Sketch of the medical history of the native army of Bombay, for the year
Year: 1872
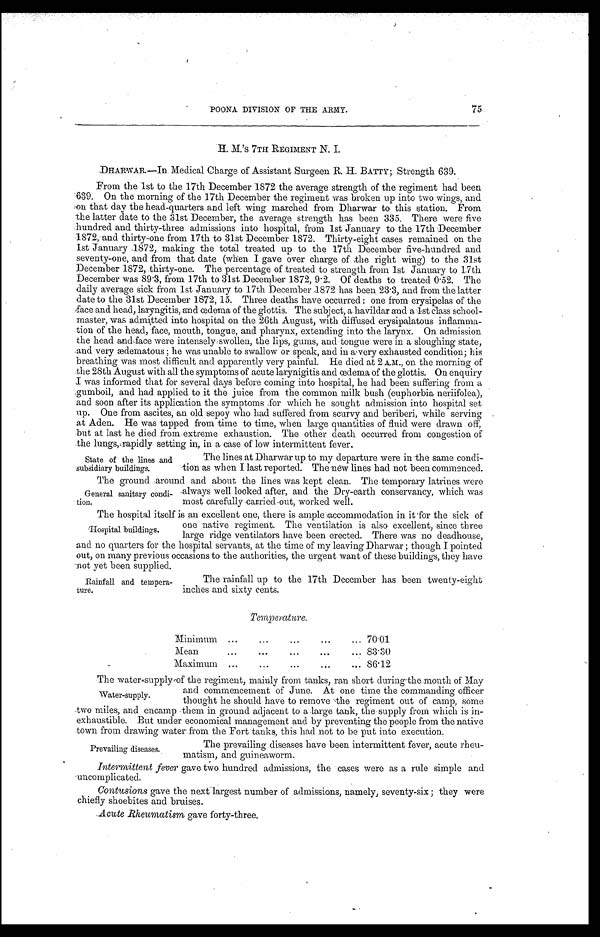
75
POONA DIVISION OF THE ARMY.
H. M.'s 7TH REGIMENT N. I.
DHARWAR.—In Medical Charge of Assistant Surgeen R. H. BATTY; Strength 639.
From the 1st to the 17th December 1872 the average strength of the regiment had been
639. On the morning of the 17th December the regiment was broken up into two wings, and
on that day the head-quarters and left wing marched from Dharwar to this station. From
the latter date to the 31st December, the average strength has been 335. There were five
hundred and thirty-three admissions into hospital, from 1st January to the 17th December
1872, and thirty-one from 17th to 31st December 1872. Thirty-eight cases remained on the
1st January 1872, making the total treated up to the 17th December five-hundred and
seventy-one, and from that date (when I gave over charge of the right wing) to the 31st
December 1872, thirty-one. The percentage of treated to strength from 1st January to 17th
December was 89.3, from 17th to 31st December 1872, 9.2. Of deaths to treated 0.52. The
daily average sick from 1st January to 17th December 1872 has been 23.3, and from the latter
date to the 31st December 1872, 15. Three deaths have occurred: one from erysipelas of the
face and head, laryngitis, and œdema of the glottis. The subject, a havildar and a lst class school
-master, was admitted into hospital on the 26th August, with diffused erysipalatous inflamma
- t i o n o f t h e h e a d , f a c e , m o u t h , t o n g u e , a n d p h a r y n x , e x t e n d i n g i n t o t h e l a r y n x . O n a d m i s s i o n
the head and face were intensely: swollen, the lips, gums, and tongue were in a sloughing state,
a n d v e r y æd e ma t o u s ; h e wa s u n a b l e t o s wa l l o w o r s p e a k , a n d i n a v e r y e x h a u s t e d c o n d i t i o n ; h i s
breathing was most difficult and apparently very painful. He died at 2 A.M., on the morning of
the 28th August with all the symptoms of acute larynigitis and œdema of the glottis. On enquiry
I was informed that for several days before coming into hospital, he had been suffering from a
gumboil, and had applied to it the juice from the common milk bush (euphorbia neriifolea),
and soon after its application the symptoms for which he sought admission into hospital set
up. One from ascites, an old sepoy who had suffered from scurvy and beriberi, while serving
at Aden. He was tapped from time to time, when large quantities of fluid were drawn off,
but at last he died from extreme exhaustion. The other death occurred from congestion of
the lungs, rapidly setting in in a case of low intermittent fever.
State of the lines and
subsidiary buildings.
The lines at Dharwar up to my departure were in the same condi
-tion as when I last reported. The new lines had not been commenced.
The ground around and about the lines was kept clean. The temporary latrines were
always well looked after, and the Dry-earth conservancy, which was
most carefully carried out, worked well.
The hospital itself is an excellent one, there is ample accommodation in it for the sick of
one native regiment. The ventilation is also excellent, since three
large ridge ventilators have been erected. There was no deadhouse,
and no quarters for the hospital servants, at the time of my leaving Dharwar; though I pointed
out, on many previous occasions to the authorities, the urgent want of these buildings, they have
not yet been supplied.
General sanitary condi
-tion.
Hospital buildings.
Rainfall and tempera
-ture.
The rainfall up to the 17th December has been twenty-eight
inches and sixty cents.
Temperature.
Minimum . . .
70.01
Mean . . .
83.30
Maximum . . .
86.12
The water-supply of the regiment, mainly from tanks, ran short during the month of May
and commencement of June. At one time the commanding officer
thought he should have to remove the regiment out of camp, some
two miles, and encamp them in ground adjacent to a large tank, the supply from which is in
-exhaustible. But under economical management and by preventing the people from the native
town from drawing water from the Fort tanks, this had not to be put into execution.
The prevailing diseases have been intermittent fever, acute rheu
-matism, and guineaworm.
Intermittent fever gave two hundred admissions, the cases were as a rule simple and
uncomplicated.
Contusions gave the next largest number of admissions, namely, seventy-six; they were
chiefly shoebites and bruises.
Acute Rheumatism gave forty-three.
Water-supply.
Prevailing diseases.